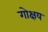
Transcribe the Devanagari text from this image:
गोक्षय